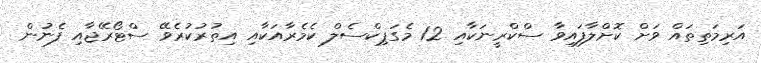
އަރިމަތިތައް ވަށް ކޮށްލާފައިވާ ސްކްރީނަކާއި 12 މެގަޕިކްސެލް ކެމެރާއަކާއި އިތުރުކުރެވޭ ސްޓޯރޭޖާއި ފެނުން